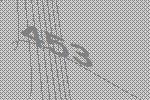
453